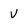
Character: V